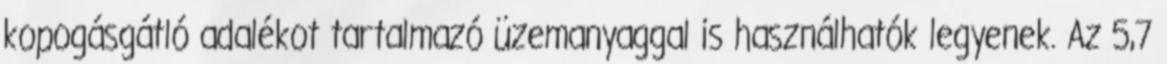
kopogásgátló adalékot tartalmazó üzemanyaggal is használhatók legyenek. Az 5,7